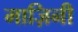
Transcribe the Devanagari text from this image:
माज़िनी